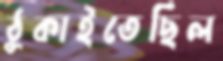
ঠুকাইতেছিল